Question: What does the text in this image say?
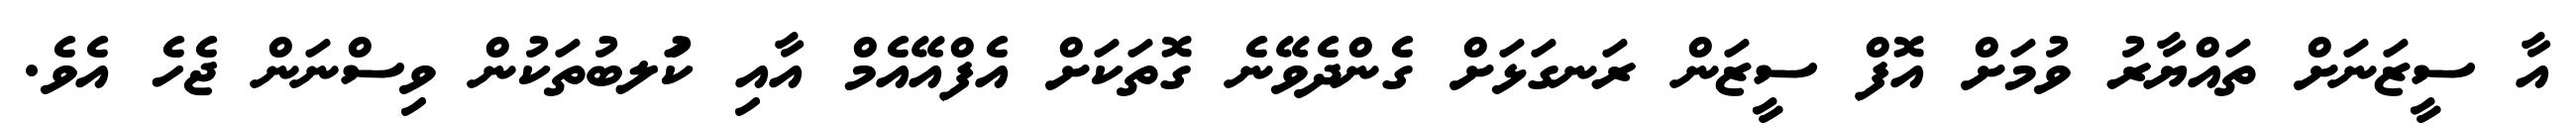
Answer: އާ ސީޒަނަށް ތައްޔާރު ވުމަށް އޮފް ސީޒަން ރަނގަޅަށް ގެންދެވޭނެ ގޮތަކަށް އެފްއޭއެމް އާއި ކުަލބުތަކުން ވިސްނަން ޖެހެ އެވެ.